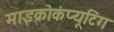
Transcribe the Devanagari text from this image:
माइक्रोकंप्यूटिंग